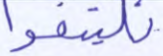
فليتقوا